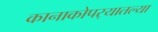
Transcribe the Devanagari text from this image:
कानाकोपर्‍यातल्या